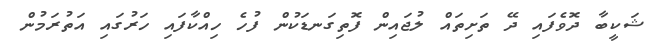
ޝަކީބާ ދޮވެފައި ދޭ ތަށިތައް ލުޖައިން ފޮތިގަނޑަކުން ފުހެ ހިއްކާފައި ހަރުގައި އަތުރަމުން